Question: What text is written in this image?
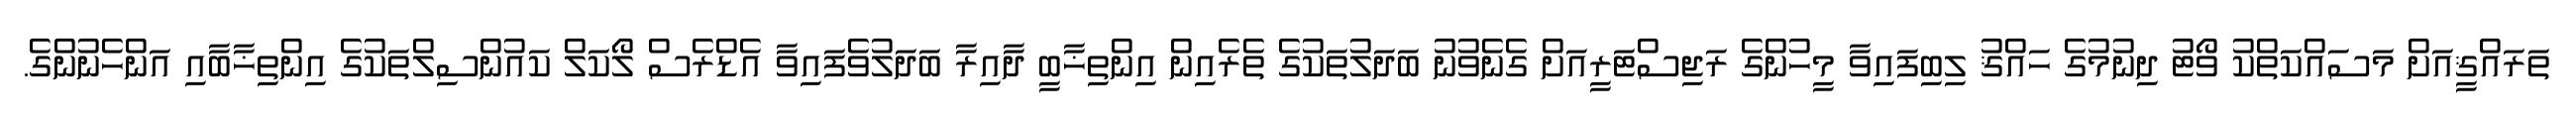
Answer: ތަރައްޤީއަށް މަސައްކަތްކު ވޯޓު ދިނުމުގެ ހައްޤު ލިބިފައިވާ މީހުންގެ ރަޖިސްޓަރީއަށް ގެނެވުނު ބަދަލުތަކުގެ ތެރެއިން އިންތިޚާބީ ދާއިރާ ބަދަލުވެފައިވާ އެޑްރެސް ލޯކަލް ކައުންސިލްތަކުގެ އިންތިޚާބާއި އަންހެނުންގެ.